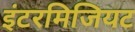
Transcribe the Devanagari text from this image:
इंटरमिजियट